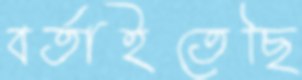
বর্তাইতেছি